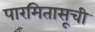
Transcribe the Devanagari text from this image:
पारमितासूची